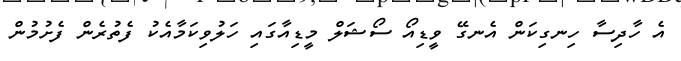
އެ ހާދިސާ ހިނގިކަން އެނގޭ ވީޑިއޯ ސޯޝަލް މީޑިއާގައި ހަލުވިކަމާއެކު ފެތުރެން ފެށުމުން